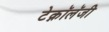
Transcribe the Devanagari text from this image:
टेक्नॉलॅजी